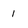
Character: 1